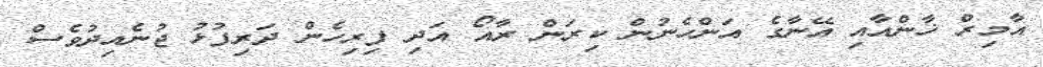
އާމިރް ޚާންއާއި އޭނާގެ އަންހެނުން ކިރަން ރާއޯ އަދި ފިރިހެން ދަރިފުޅު ޖުނެއިދުވެސް